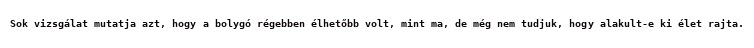
Sok vizsgálat mutatja azt, hogy a bolygó régebben élhetőbb volt, mint ma, de még nem tudjuk, hogy alakult-e ki élet rajta.